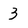
Character: 3